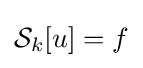
{\cal {S}}_{k}[u]=f